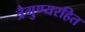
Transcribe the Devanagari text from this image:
त्रैगुण्यरहित